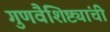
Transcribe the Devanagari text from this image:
गुणवैशिष्ट्यांची